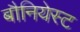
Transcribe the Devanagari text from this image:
बौनियेस्ट